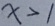
x > 1